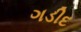
ગડીદ